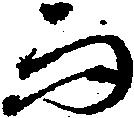
而